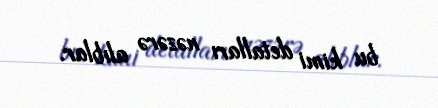
bu kimi detalları nəzərə alıblar.